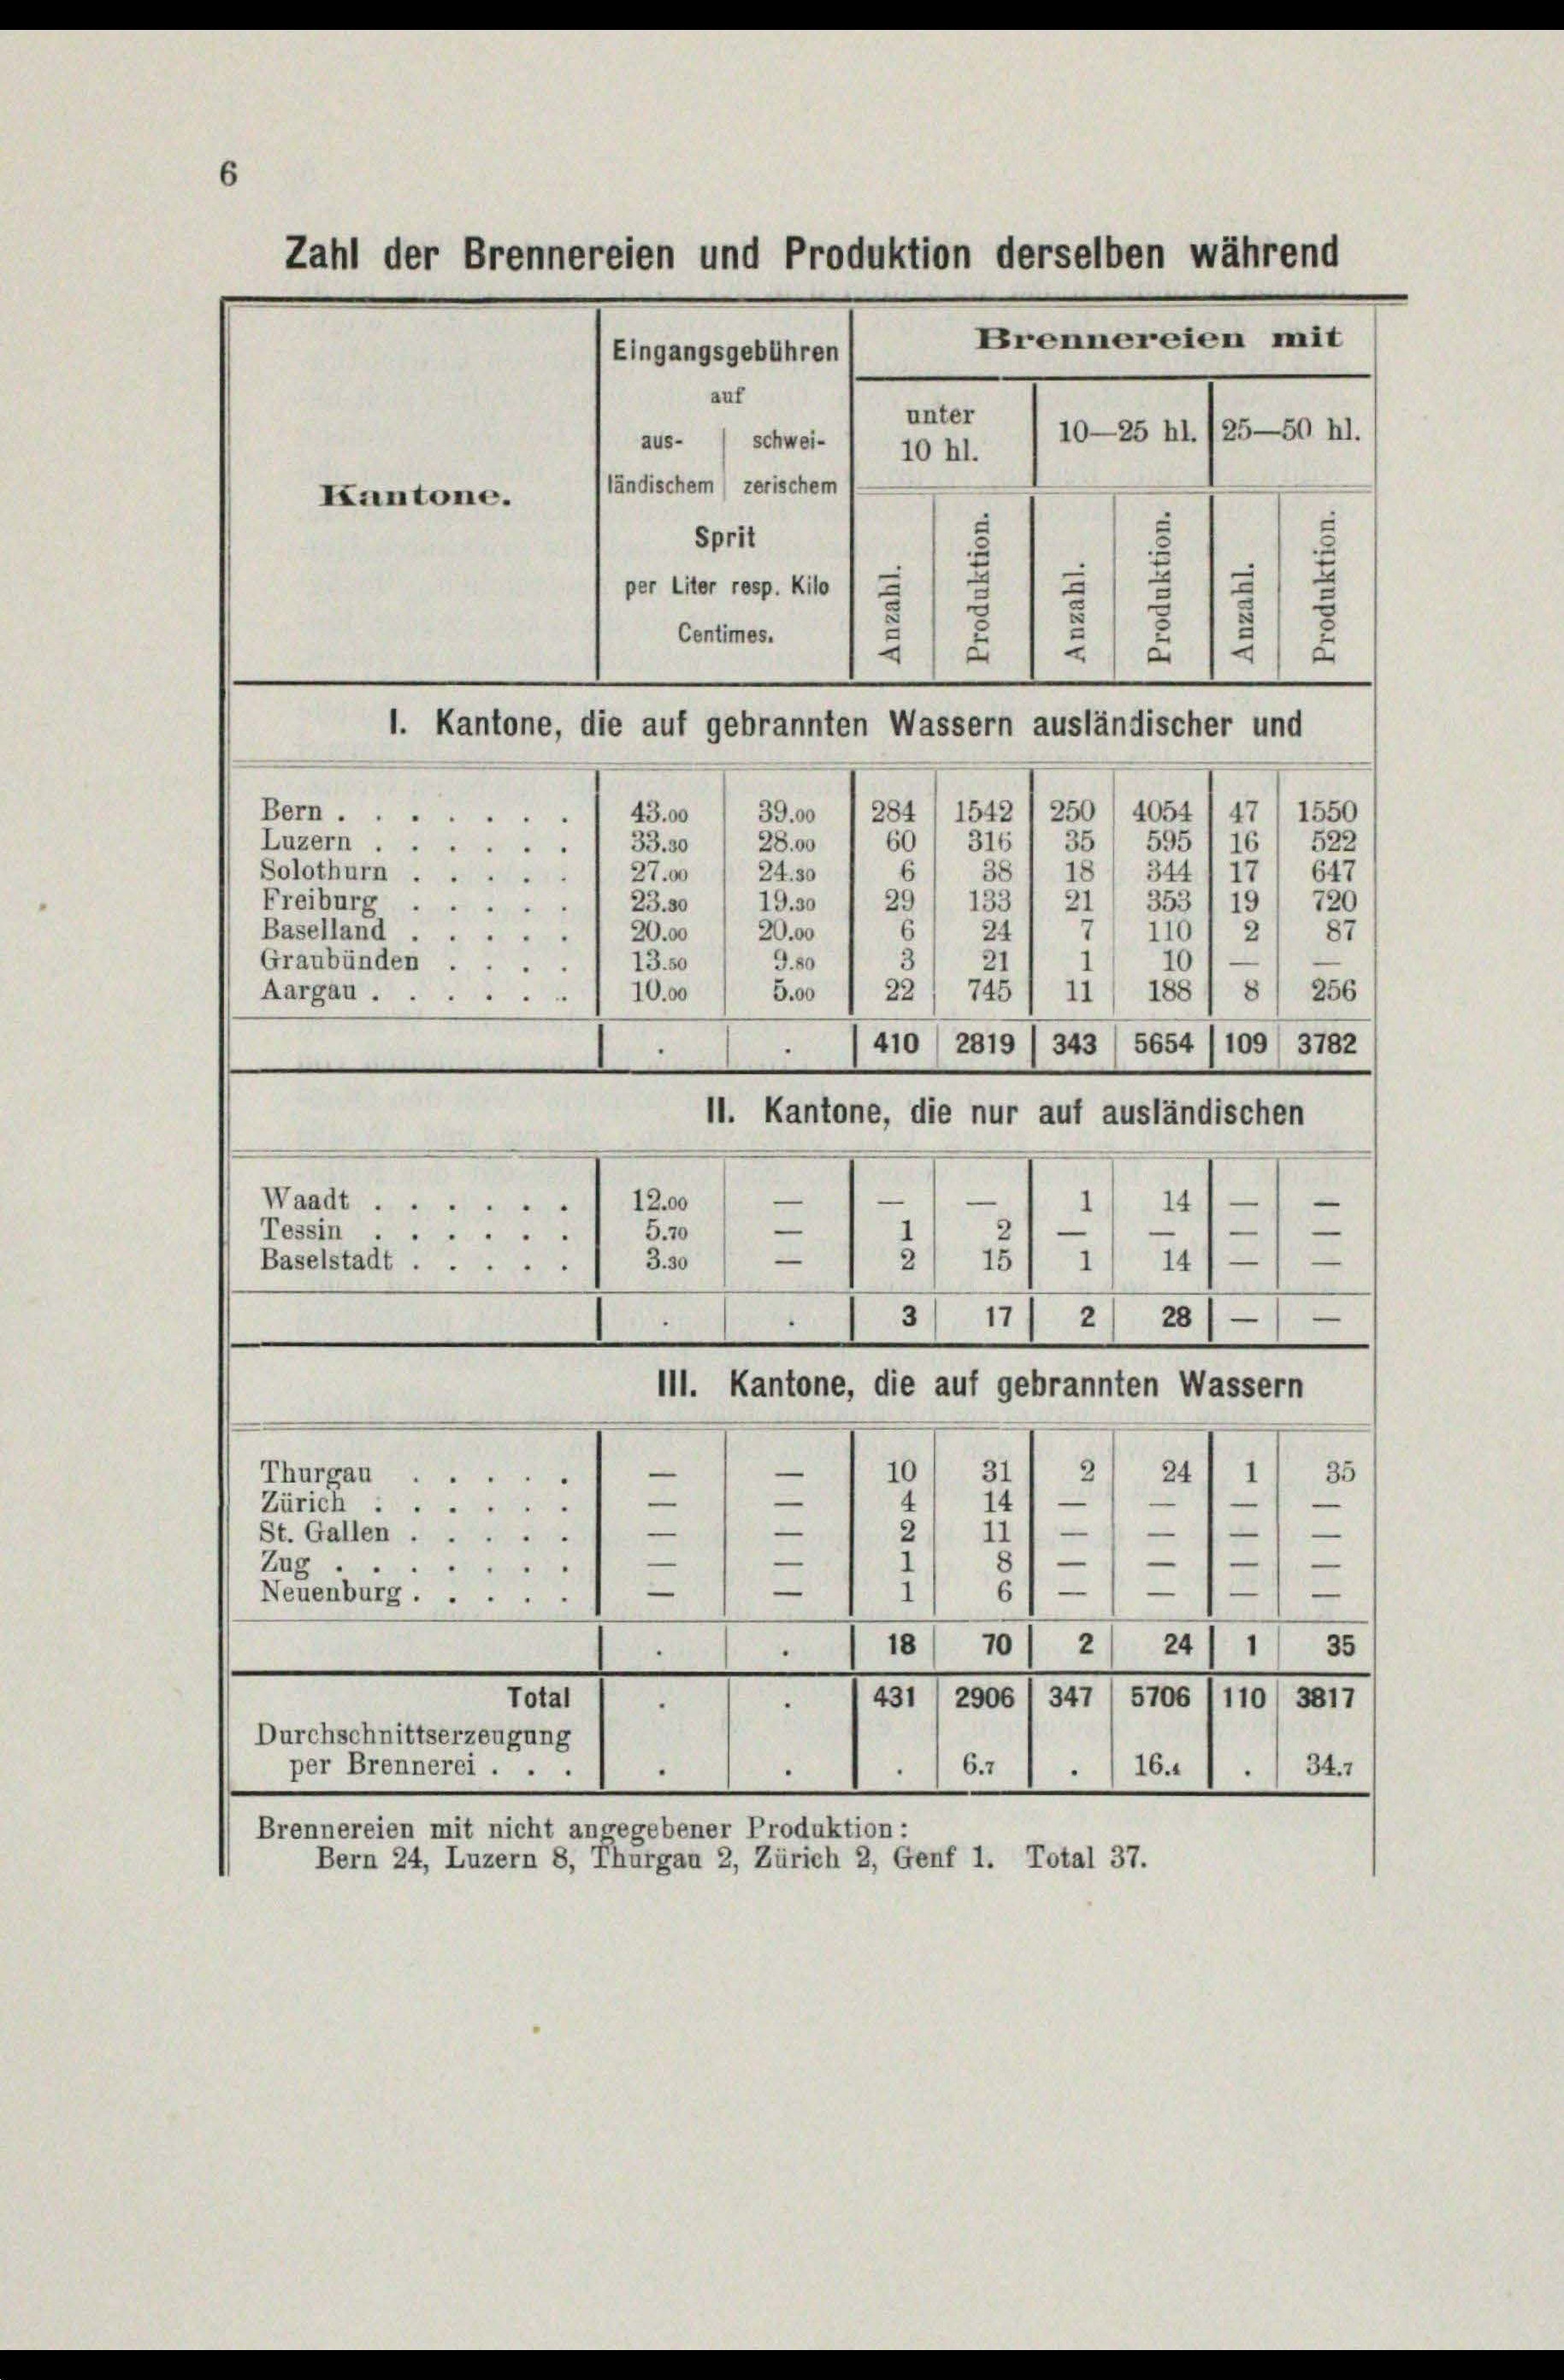
Zahl der Brennereien und Produktion derselben während
Brennereien mit
Eingangsgebühren

auf
unter
10—25 hl. /25—50 hl.
aus- / schwei- 1 10 hl.
ländischem zerischem
Sprit
¬
per liter resp. Kilo
Centimes.
5
2
¬
¬
d
1. Kantone, die auf gebrannten Wassern ausländischer und
Bern.
47) 1550
39.30 I 284 (1542 I 250 / 4054
43.00
Luzern.
60/ 316/ 35 / 595 1 16/ 522
28.00
33. 30
.
Solothurn
18/ 344 1171 647
27.00
24.30
38

Freiburg
29
133 I 21/ 353 (191 720
23.50
19.30
d
Baselland
7/ 1101 21 87
24
20.00
20.00
¬
101—
13.50
9.50
Graubünden
21
745
188/ 8/ 256
5.00
10.00
Aargau.
11
22
5654 (109/ 3782
410 (2019 / 343
11. Kantone, die nur auf ausländischen
—
—
1
—
14
12.00
Waadt ...
1
—
5.70
Tessin
2
15
11 14) —
—
3.30
Baselstadt .
3
28
17
e
2
111. Kantone, die auf gebrannten Wassern
10
31
2
35
24
1
Thurgau ...
.
e
4
14
Zürich
e
—
—
e
—
2
—
11
St. Gallen . .
—
—
—
Zug
—
—
—
6
—
1
e
Neuenburg.
—
1
18
2
10
24
35
Total
431 (2906 I 347 (5706 (110/ 3817
.
Durchschnittserzeugung
6.7
34.1
per Brennerei . . .
16.1
.
.
.
Brennereien mit nicht anregebener Produktion:
Bern 24, Luzern 8, Thurgau 2, Zürich 2, Genf 1. Total 37.

Kantone.